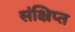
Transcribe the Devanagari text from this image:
संक्ष्रिप्त